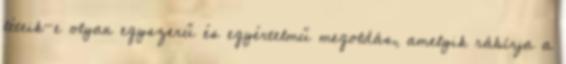
léteik-e olyan egyszerű és egyértelmű megoldás, amelyik rábírja a